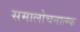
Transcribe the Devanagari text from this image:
समालोचनात्म्क